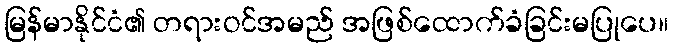
မြန်မာနိုင်ငံ၏ တရားဝင်အမည် အဖြစ်ထောက်ခံခြင်းမပြုပေ။